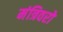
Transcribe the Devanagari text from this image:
मंत्रिवरो